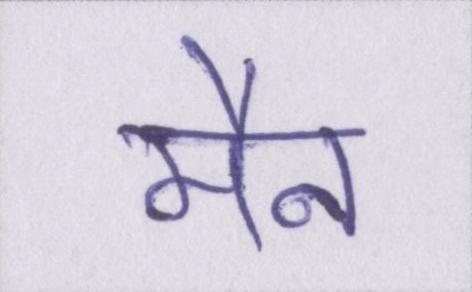
मैन